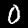
Digit: 0